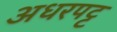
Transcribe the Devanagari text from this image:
अधरपट्ट